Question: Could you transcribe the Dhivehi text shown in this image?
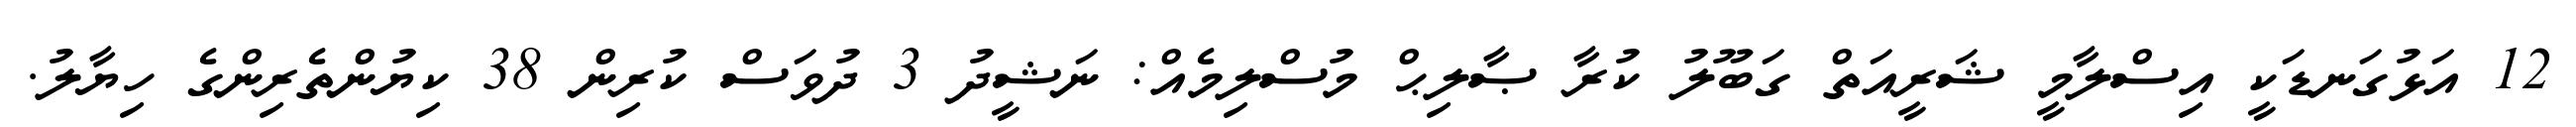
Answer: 12 އަޅުގަނޑަކީ އިސްލާމީ ޝަރީއަތް ގަބޫލު ކުރާ ޞާލިޙް މުސްލިމެއް: ނަޝީދު 3 ދުވަސް ކުރިން 38 ކިޔުންތެރިންގެ ހިޔާލު.